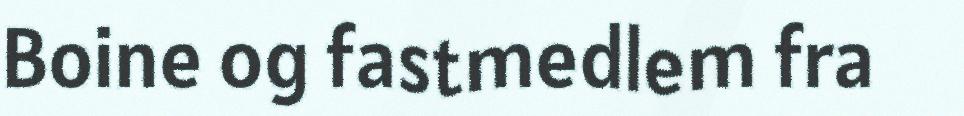
Boine og fastmedlem fra